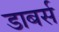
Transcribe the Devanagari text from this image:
डाबर्स